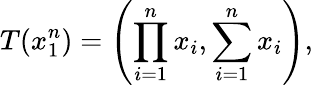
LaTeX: T(x_{1}^{n})=\left(\prod_{i=1}^{n}x_{i},\sum_{i=1}^{n}x_{i}\right),